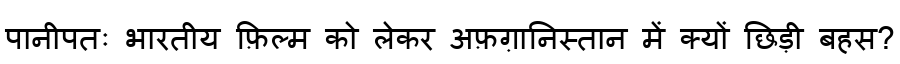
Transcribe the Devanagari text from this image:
पानीपतः भारतीय फ़िल्म को लेकर अफ़ग़ानिस्तान में क्यों छिड़ी बहस?